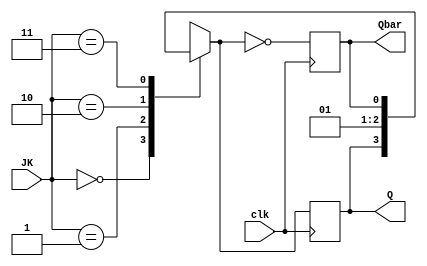
/////////////////////////////////////////////////////////////////////////////////
//                                                                             //
// Module Name:    JKFF_Behavioral                                             //
// Description:    Behavioral Model of JK Flip Flop                            //
//                                                                             //
/////////////////////////////////////////////////////////////////////////////////
`timescale 1ns / 10ps
module JKFF_Behavioral(JK,clk,Q,Qbar);
  input[1:0] JK;
  input clk;
  output Q,Qbar;
  reg Q,Qbar;
  
  always@(posedge clk) 
  begin
    case(JK)
      2'd0 : Q = Q;
      2'd1 : Q = 0;
      2'd2 : Q = 1;
      2'd3 : Q = Qbar;
    endcase
    Qbar=~Q;
  end
endmodule